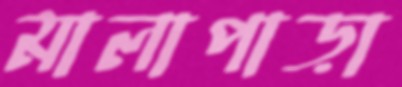
মালাপাড়া